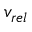
v _ { r e l }